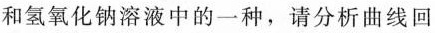
和氢氧化钠溶液中的一种，请分析曲线回